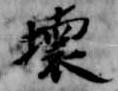
壊